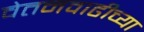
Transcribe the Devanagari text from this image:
वेतनवाढीच्या